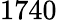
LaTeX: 1740